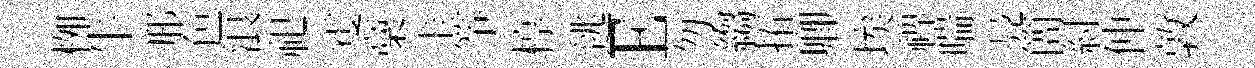
栁牛邢色浪祀䨥稾圭筝椁逃E勿縐拓卿埃禆喘鳧簡紂仲敦